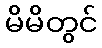
မိမိတွင်